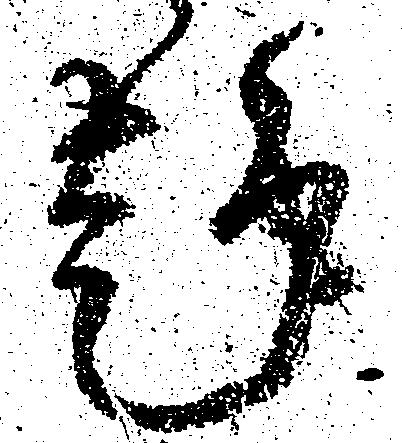
趣